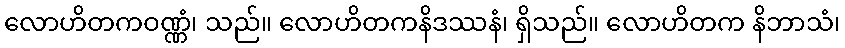
လောဟိတကဝဏ္ဏံ၊ သည်။ လောဟိတကနိဒဿနံ၊ ရှိသည်။ လောဟိတက နိဘာသံ၊